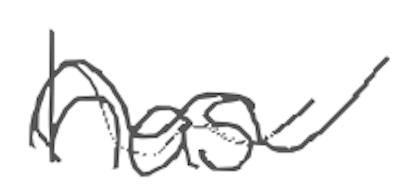
Text: has
Cross-out: wave
Writing tool: digital_gray